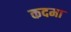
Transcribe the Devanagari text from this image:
कदमा